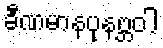
ခီဏမာနပုနဗ္ဘဝါ